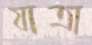
যাত্রা